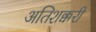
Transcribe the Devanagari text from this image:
अतिशक्करी